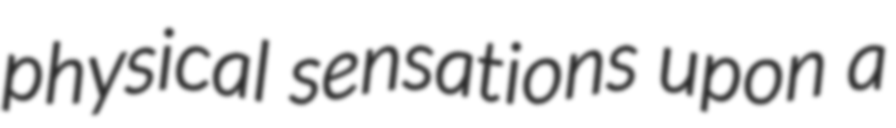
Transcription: physical sensations upon a